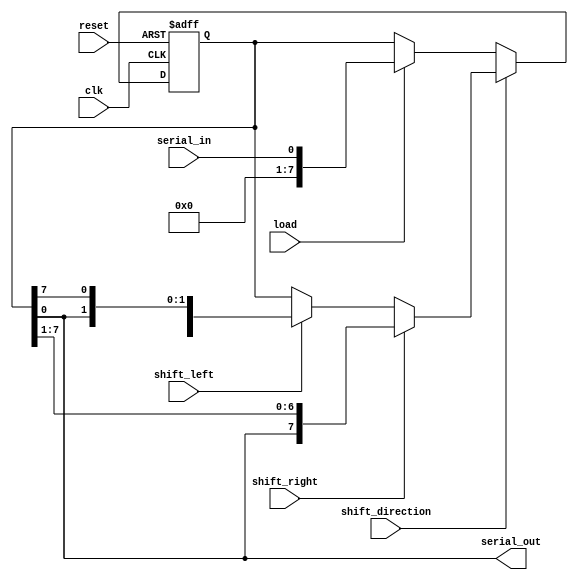
module universal_shift_register (
    input wire clk,
    input wire reset,
    input wire shift_left,
    input wire shift_right,
    input wire shift_direction,
    input wire load,
    input wire serial_in,
    output wire serial_out
);

reg [7:0] register;

always @(posedge clk or posedge reset) begin
    if (reset) begin
        register <= 8'b0;
    end else begin
        if (shift_direction) begin
            if (shift_left) begin
                register <= {register[6:0], register[7]};
            end
            if (shift_right) begin
                register <= {register[0], register[7:1]};
            end
        end else begin
            if (load) begin
                register <= serial_in;
            end
        end
    end
end

assign serial_out = register[0];

endmodule